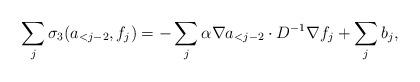
LaTeX: \begin{align*}\sum_j \sigma_3(a_{<j-2},f_j)=-\sum_j \alpha \nabla a_{<j-2} \cdot D^{-1} \nabla f_j+ \sum_j b_j,\end{align*}